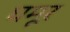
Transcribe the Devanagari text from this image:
घमूर